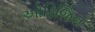
ઓરિજિન